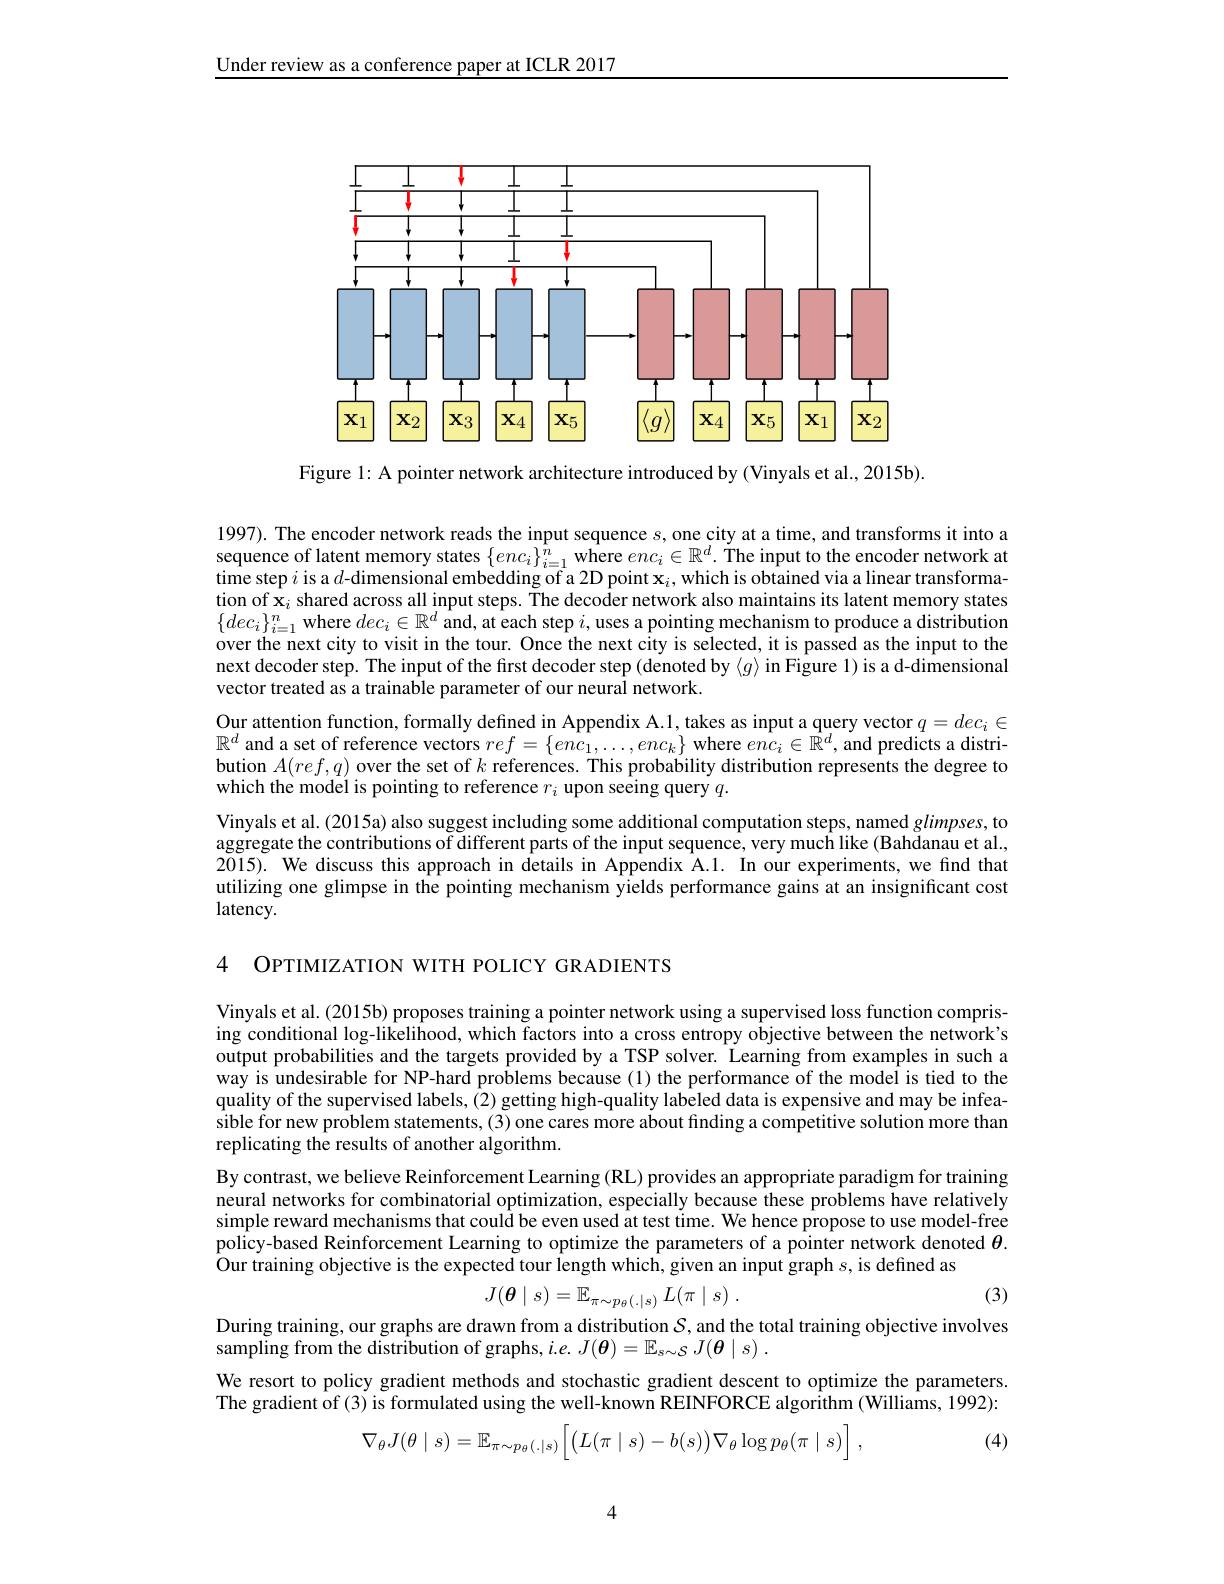
Under review as a conference paper at ICLR 2017

<FigureHere>

Figure 1: A pointer network architecture introduced by (Vinyals et al., 2015b).

1997). The encoder network reads the input sequence $s$, one city at a time, and transforms it into a sequence of latent memory states $\{enc_i\}_{i=1}^n$ where $enc_i\in\mathbb{R}^d.$ The input to the encoder network at time step $i$ is a $d$-dimensional embedding of a 2D point $\mathbf{x}_i$, which is obtained via a linear transformation of $\mathbf{x}_i$ shared across all input steps. The decoder network also maintains its latent memory states $\{dec_i\}_{i=1}^n$ where $dec_i\in\mathbb{R}^d$ and, at each step $i$, uses a pointing mechanism to produce a distribution over the next city to visit in the tour. Once the next city is selected, it is passed as the input to the next decoder step. The input of the first decoder step (denoted by $\langle g\rangle$inFigure 1) is ad- dimensional vector treated as a trainable parameter of our neural network
Our attention function, formally defined in Appendix A.1, takes as input a query vector $q=dec_i\in$ $\mathbb{R}^d$ and a set of reference vectors $ref=\{enc_1,\ldots,enc_k\}$ where $enc_i\in\hat{\mathbb{R}}^d$, and predicts a distribution $A(ref,q)$ over the set of $k$ references. This probability distribution represents the degree to which the model is pointing to reference $r_i$ upon seeing query $q.$
Vinyals et al. (2015a) also suggest including some additional computation steps, named $glimpses$, to aggregate the contributions of different parts of the input sequence, very much like (Bahdanau et al., 2015). We discuss this approach in details in Appendix A.1. In our experiments, we find that utilizing one glimpse in the pointing mechanism yields performance gains at an insignificant cost latency.

4 OPTIMIZATION WITH POLICY GRADIENTS

Vinyals et al. (2015b) proposes training a pointer network using a supervised loss function comprising conditional log-likelihood, which factors into a cross entropy objective between the network's output probabilities and the targets provided by a TSP solver. Learning from examples in such a way is undesirable for NP-hard problems because (1) the performance of the model is tied to the quality of the supervised labels, (2) getting high-quality labeled data is expensive and may be infeasible for new problem statements, (3) one cares more about finding a competitive solution more than replicating the results of another algorithm.
By contrast, we believe Reinforcement Learning (RL) provides an appropriate paradigm for training neural networks for combinatorial optimization, especially because these problems have relatively simple reward mechanisms that could be even used at test time. We hence propose to use model-free policy-based Reinforcement Learning to optimize the parameters of a pointer network denoted $\theta.$ Our training objective is the expected tour length which, given an input graph $s$, is defined as
$$J(\boldsymbol{\theta}\mid s)=\mathbb{E}_{\pi\sim p_\theta(.|s)}\:L(\pi\mid s)\:.$$
(3)
During training, our graphs are drawn from a distribution $\mathcal{S}$ and the total training objective involves
sampling from the distribution of graphs, $i. e. J( \boldsymbol{\theta }) = \mathbb{E} _{s\sim \mathcal{S} }J( \boldsymbol{\theta }\mid s)$ .
We resort to policy gradient methods and stochastic gradient descent to optimize the parameters. The gradient of (3) is formulated using the well-known REINFORCE algorithm (Williams, 1992):
(4)
$$\nabla_\theta J(\theta\mid s)=\mathbb{E}_{\pi\sim p_\theta(.|s)}\Big[\big(L(\pi\mid s)-b(s)\big)\nabla_\theta\log p_\theta(\pi\mid s)\Big]\:,$$
4